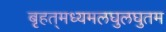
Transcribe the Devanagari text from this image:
बृहत्‌मध्यमलघुलघुतम